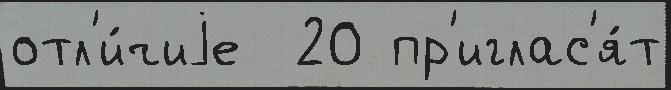
отл'и́чиjе  20 пр'иглас'я́т